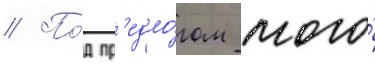
// По́д пр'едло́гом того́